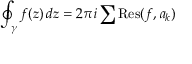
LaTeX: \oint _ { \gamma } f ( z ) \, d z = 2 \pi i \sum \operatorname { R e s } ( f , a _ { k } )